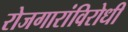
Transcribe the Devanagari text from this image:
रोजगारांविरोधी